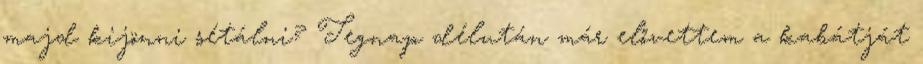
majd kijönni sétálni? Tegnap délután már elővettem a kabátját